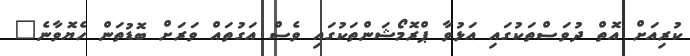
ކުރިއަށް އޮތް ދުވަސްތަކުގައި އަޅުވާ ޕްރޮމޯޝަންތަކުގައި ވެސް އަގުތައް ވަރަށް ބޮޑުތަން ހެޔޮވާނެ"